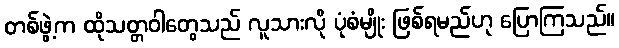
တစ်ဖွဲ့က ထိုသတ္တဝါတွေသည် လူသားလို ပုံစံမျိုး ဖြစ်ရမည်ဟု ပြောကြသည်။